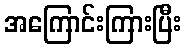
အကြောင်းကြားပြီး